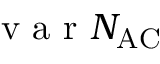
\mathrm { ~ v ~ a ~ r ~ } N _ { \mathrm { A C } }